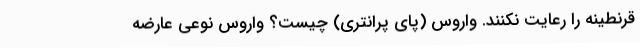
قرنطینه را رعایت نکنند. واروس (پای پرانتری) چیست؟ واروس نوعی عارضه